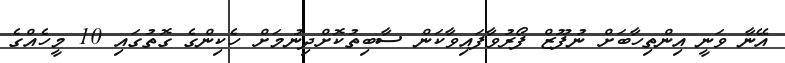
އޭނާ ވަނީ އިންތިހާބަށް ނުފޫޒް ފޯރުވާފައިވާކަން ސާބިތުކޮށްދިނުމަށް ހެކިންގެ ގޮތުގައި 10 މީހެއްގެ